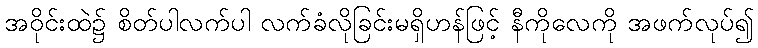
အဝိုင်းထဲ၌ စိတ်ပါလက်ပါ လက်ခံလိုခြင်းမရှိဟန်ဖြင့် နီကိုလေကို အဖက်လုပ်၍